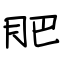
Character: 肥